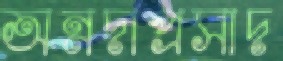
অন্নদাপ্রসাদ